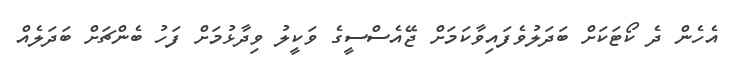
އެހެން ދެ ކޯޓަކަށް ބަދަލުވެފައިވާކަމަށް ޖޭއެސްސީގެ ވަކީލު ވިދާޅުމަށް ފަހު ބެންޗަށް ބަދަލެއް